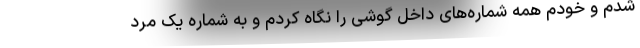
شدم و خودم همه شماره‌های داخل گوشی را نگاه کردم و به شماره یک مرد